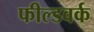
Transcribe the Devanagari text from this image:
फील्डवर्क